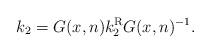
LaTeX: \begin{gather*}k_2= G(x,n) k_2^{\rm R} G(x,n)^{-1}.\end{gather*}